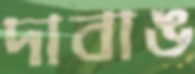
দাবাঙ